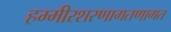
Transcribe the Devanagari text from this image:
हम्मीरशरणागतणागत